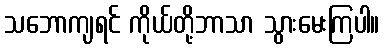
သဘောကျရင် ကိုယ်တို့ဘာသာ သွားမေးကြပါ။